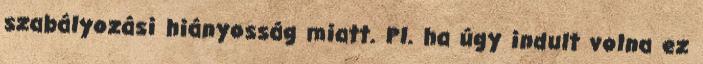
szabályozási hiányosság miatt. Pl. ha úgy indult volna ez